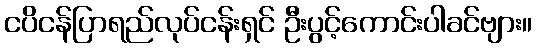
ငပိငန်ပြာရည်လုပ်ငန်းရှင် ဦးပွင့်ကောင်းပါခင်ဗျား။